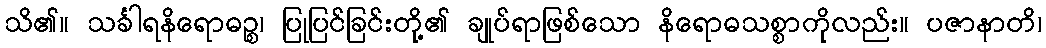
သိ၏။ သင်္ခါရနိရောဓဉ္စ၊ ပြုပြင်ခြင်းတို့၏ ချုပ်ရာဖြစ်သော နိရောဓသစ္စာကိုလည်း။ ပဇာနာတိ၊